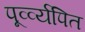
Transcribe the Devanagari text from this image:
पूर्व्व्यपित